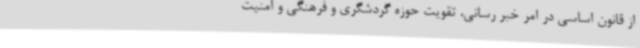
از قانون اساسی در امر خبر رسانی، تقویت حوزه گردشگری و فرهنگی و امنیت